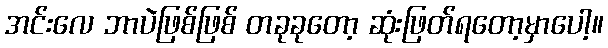
အင်းလေ ဘာပဲဖြစ်ဖြစ် တခုခုတော့ ဆုံးဖြတ်ရတော့မှာပေါ့။